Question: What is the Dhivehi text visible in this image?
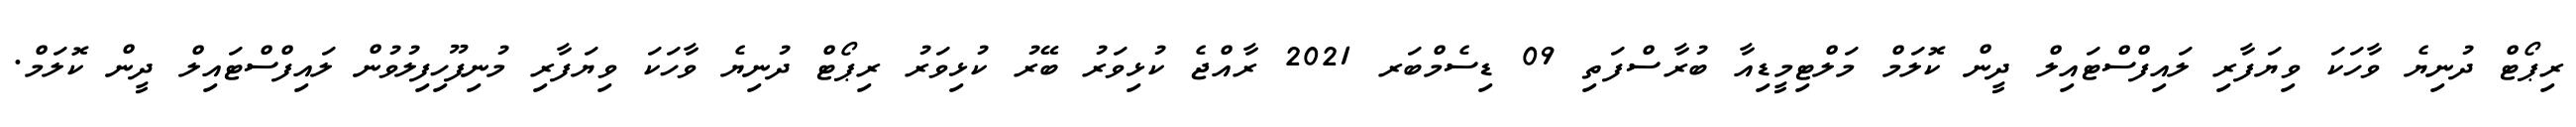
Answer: ރިޕޯޓް ދުނިޔެ ވާހަކަ ވިޔަފާރި ލައިފްސްޓައިލް ދީން ކޮލަމް މަލްޓިމީޑިއާ ބުރާސްފަތި 09 ޑިސެމްބަރ 2021 ރާއްޖެ ކުޅިވަރު ބޭރު ކުޅިވަރު ރިޕޯޓް ދުނިޔެ ވާހަކަ ވިޔަފާރި މުނިފޫހިފިލުވުން ލައިފްސްޓައިލް ދީން ކޮލަމް.